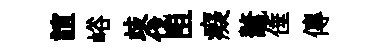
誼峪歧伐阻癡鼇倕傳